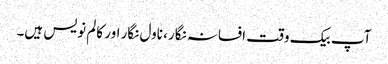
آپ بیک وقت افسانہ نگار، ناول نگار اور کالم نویس ہیں۔